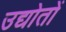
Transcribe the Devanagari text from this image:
उद्योतों